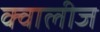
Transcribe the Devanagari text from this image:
क्वालीज